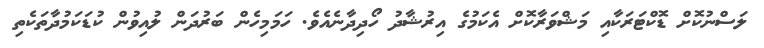
ލަސްނުކޮށް ޑޮކްޓަރަކާއި މަޝްވަރާކޮށް އެކަމުގެ އިރުޝާދު ހޯދިދާނެއެވެ. ހަމަމިހެން ބަރުދަން ލުއިވުން ކުޑަކަމުދާތަކެތި